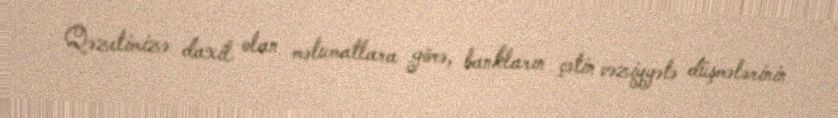
Qəzetimizə daxil olan məlumatlara görə, bankların çətin vəziyyətə düşmələrinin